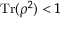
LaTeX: \operatorname { T r } ( \rho ^ { 2 } ) < 1